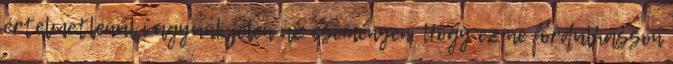
értelmetlenül vagyunk jelen az eseményen. Hogy ez ne fordulhasson